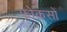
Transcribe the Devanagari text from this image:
फोकसों